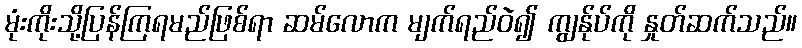
မုံးကိုးသို့ပြန်ကြရမည်ဖြစ်ရာ ဆမ်လောက မျက်ရည်ဝဲ၍ ကျွန်ုပ်ကို နှုတ်ဆက်သည်။